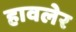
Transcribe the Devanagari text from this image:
हावलेर